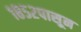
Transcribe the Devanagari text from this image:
१८५२पासून